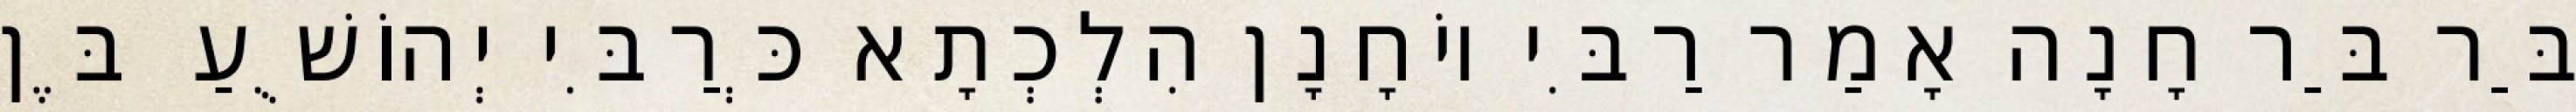
בַּר בַּר חָנָה אָמַר רַבִּי יוֹחָנָן הִלְכְתָא כְּרַבִּי יְהוֹשֻׁעַ בֶּן